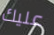
عليك